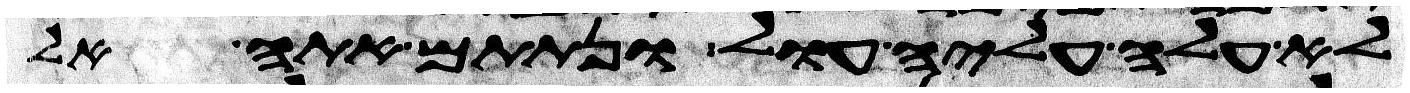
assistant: לא עלה עליה עול ונתתם אתה אל